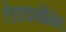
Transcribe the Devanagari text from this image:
लेडकार्बोनेट